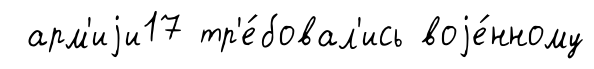
арм'иjи17 тр'е́бовал'ись воjе́нному